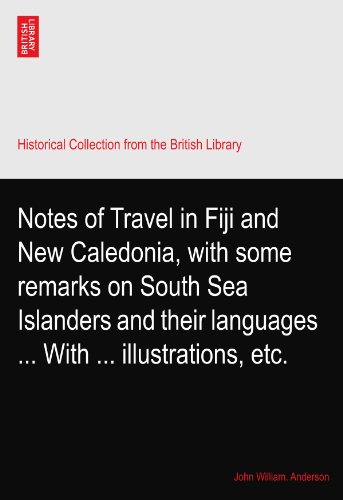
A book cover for Notes of Travel in Fiji and New Caledonia, with some remarks on South Sea Islanders and their languages ... With ... illustrations, etc.; John William. Anderson; Travel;